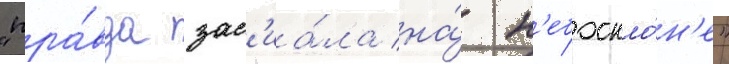
"пра́вда зас'иа́ла на́ н'ебоскло́н'е"